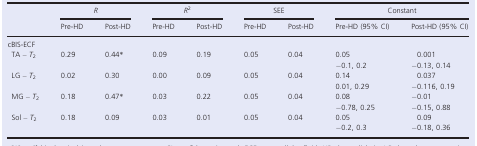
<table><thead><tr><td rowspan="2"></td><td colspan="2"><b><i>R</i></b></td><td colspan="2"><b><i>R</i><sup>2</sup></b></td><td colspan="2"><b>SEE</b></td><td colspan="2"><b>Constant</b></td></tr><tr><td><b>Pre‐HD</b></td><td><b>Post‐HD</b></td><td><b>Pre‐HD</b></td><td><b>Post‐HD</b></td><td><b>Pre‐HD</b></td><td><b>Post‐HD</b></td><td><b>Pre‐HD (95% CI)</b></td><td><b>Post‐HD (95% CI)</b></td></tr></thead><tbody><tr><td colspan="9">cBIS‐ECF</td></tr><tr><td>TA – <i>T</i><sub>2</sub></td><td>0.29</td><td>0.44*</td><td>0.09</td><td>0.19</td><td>0.05</td><td>0.04</td><td>0.05−0.1, 0.2</td><td>0.001−0.13, 0.14</td></tr><tr><td>LG – <i>T</i><sub>2</sub></td><td>0.02</td><td>0.30</td><td>0.00</td><td>0.09</td><td>0.05</td><td>0.04</td><td>0.140.01, 0.29</td><td>0.037−0.116, 0.19</td></tr><tr><td>MG – <i>T</i><sub>2</sub></td><td>0.18</td><td>0.47*</td><td>0.03</td><td>0.22</td><td>0.05</td><td>0.04</td><td>0.08−0.78, 0.25</td><td>−0.01−0.15, 0.88</td></tr><tr><td>Sol – <i>T</i><sub>2</sub></td><td>0.18</td><td>0.09</td><td>0.03</td><td>0.01</td><td>0.05</td><td>0.04</td><td>0.05−0.2, 0.3</td><td>0.09−0.18, 0.36</td></tr></tbody></table>